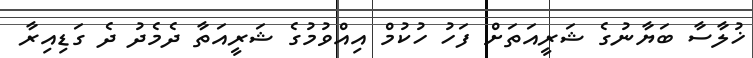
ޚުލާސާ ބަޔާނުގެ ޝަރީއަތަށް ފަހު ހުކުމް އިއްވުމުގެ ޝަރީއަތާ ދެމެދު ދެ ގަޑިއިރާ